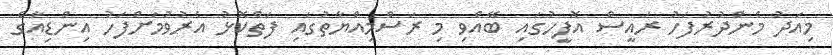
މިއަދު މެންދުރުފަހު ރައީސް އޮފީހުގައި ބޭއްވި މި ރަސްމިއްޔާތުގައި ފަތްކޮޅު އެރުވުމަށްފަހު އިންޑިއާގެ